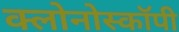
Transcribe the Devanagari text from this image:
क्लोनोस्कॉपी